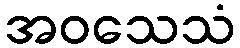
အဝသေသံ